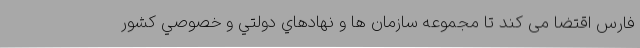
فارس اقتضا می کند تا مجموعه سازمان ها و نهادهاي دولتي و خصوصي کشور